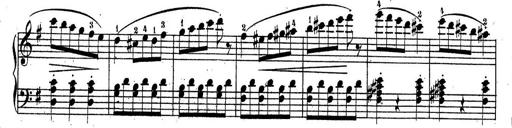
Title: Sonatine No.3
Composer: Peter Piel
Key: D major